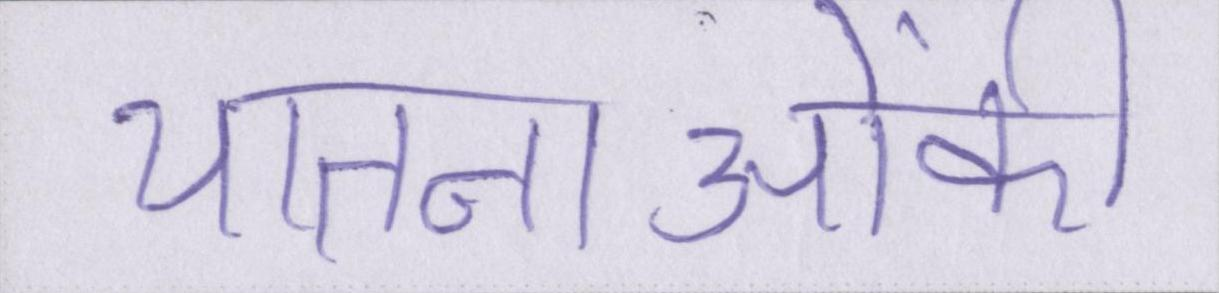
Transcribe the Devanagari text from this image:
यातनाओंकी